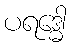
ပရဒ္ဓေါ